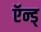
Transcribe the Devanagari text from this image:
ऍन्ड्